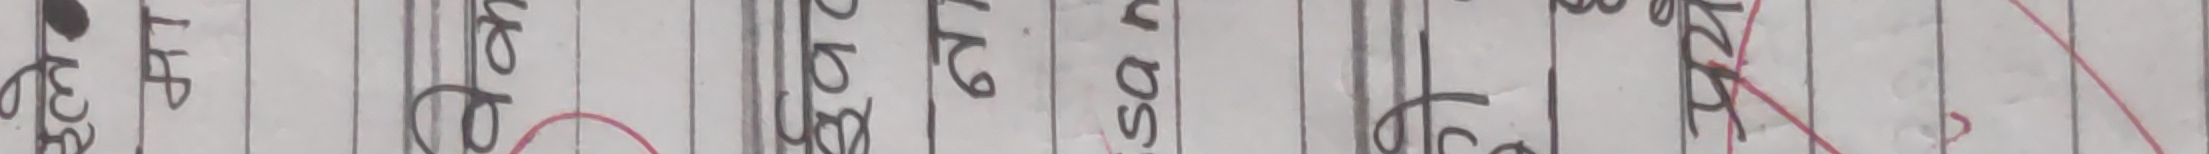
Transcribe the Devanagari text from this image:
उक्त बमोजिम